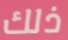
ذلك